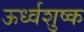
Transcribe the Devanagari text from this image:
ऊर्ध्वशुष्क